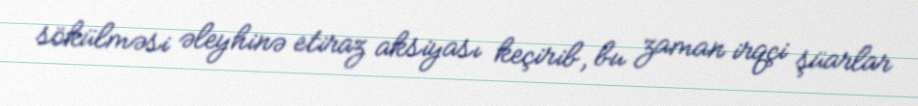
sökülməsi əleyhinə etiraz aksiyası keçirib, bu zaman irqçi şüarlar